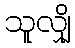
သူလျှို